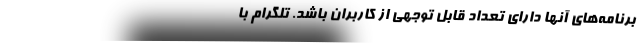
برنامه‌های آنها دارای تعداد قابل توجهی از کاربران باشد. تلگرام با